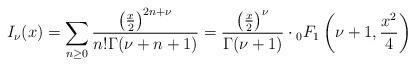
LaTeX: \begin{align*}I_{\nu}(x)=\sum_{n\geq0}\frac{{\left(\frac{x}{2}\right)}^{2n+\nu}}{n!\Gamma(\nu+n+1)}=\frac{\left(\frac{x}{2}\right)^{\nu}}{\Gamma(\nu+1)}\cdot{}_0F_1\left(\nu+1,\frac{x^2}{4}\right)\end{align*}